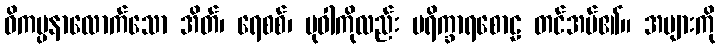
ဝိကပ္ပနာလောက်သော အိတ်၊ ရေစစ်၊ ပုဝါကိုလည်း ပရိက္ခာရစောဠ တင်အပ်၏။ အများကို